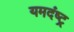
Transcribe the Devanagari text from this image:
यमदंष्ट्र